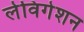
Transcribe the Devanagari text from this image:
लेविगेशन